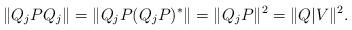
LaTeX: \begin{align*}\|Q_jPQ_j\|=\|Q_jP(Q_jP)^*\|= \|Q_jP\|^2=\|Q|V\|^2.\end{align*}